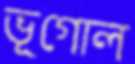
ভূগোল